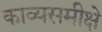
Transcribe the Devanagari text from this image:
काव्यसमीक्षे